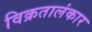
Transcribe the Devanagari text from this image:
विक्रतालंकार